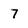
Character: 7